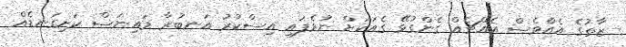
ޒާތުގެ އެއްވެސް އެއްޗެއް ގެންގުޅޭ ގެއަކަށް ނުވެފައި އިސްކުރު އަނބުރާ މައިނަސް ކަށިގަނޑެއް